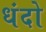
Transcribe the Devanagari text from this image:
धंदो